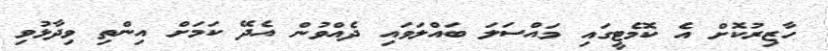
ހާޒިރުކޮށް އެ ކޮމެޓީގައި މައްސަލަ ބައްލަވައި ދެއްވުން އެދޭ ކަމަށް އިންތި ވިދާޅުވި